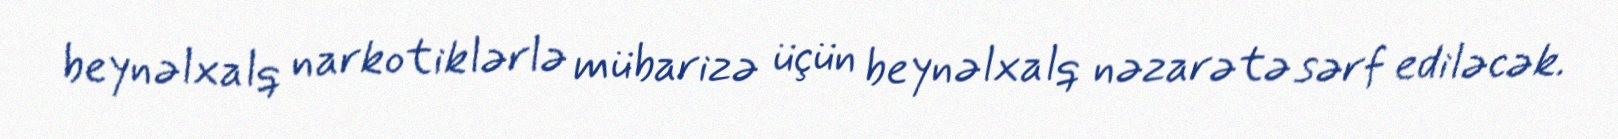
beynəlxalq narkotiklərlə mübarizə üçün beynəlxalq nəzarətə sərf ediləcək.